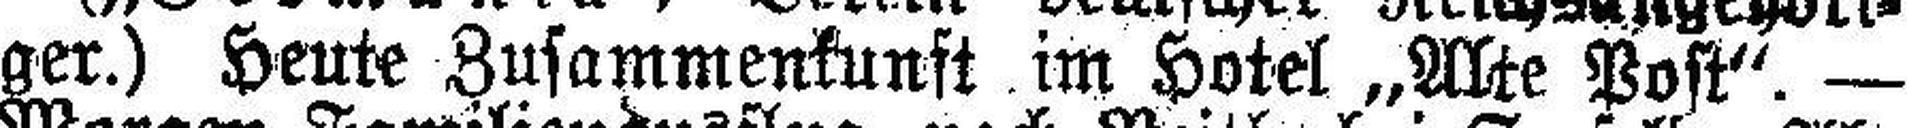
ger.) Heute Zusammenkunft im Hotel „Alte Post“. —